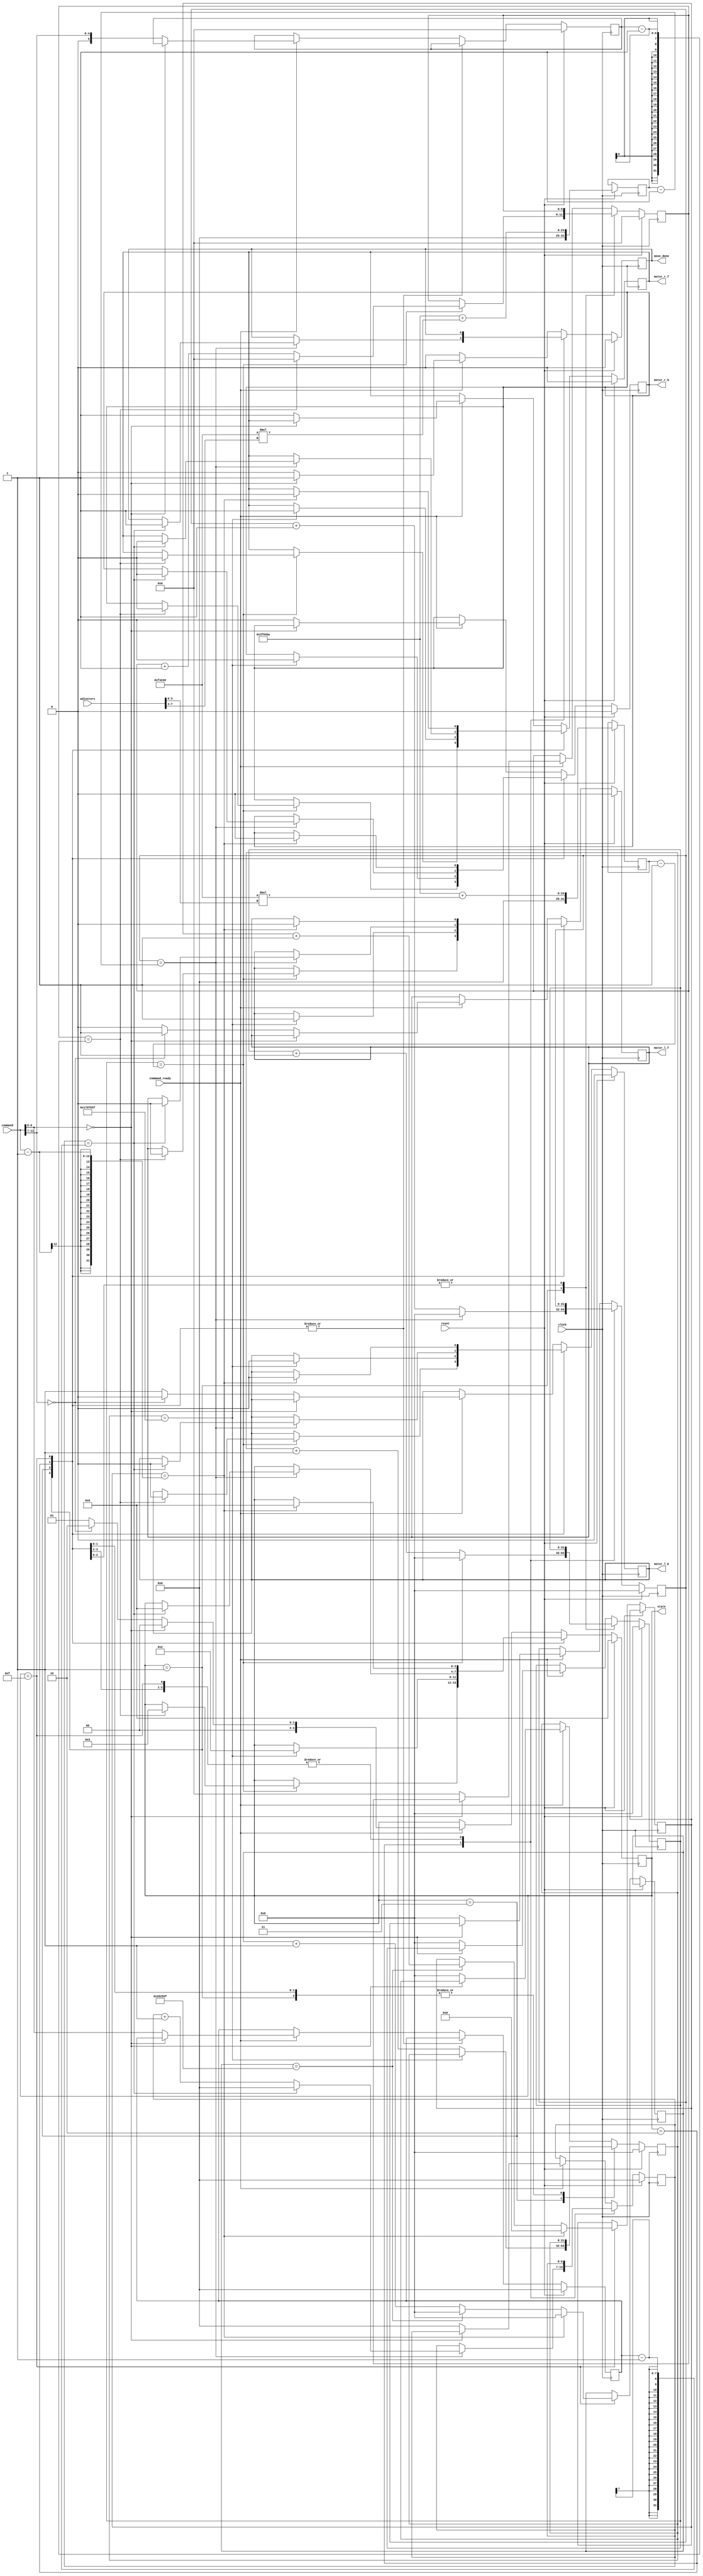
`timescale 1ns / 1ps
//////////////////////////////////////////////////////////////////////////////////
// Company:        MIT 6.111 Final Project
// 
// Module Name:    IR Receiver
// Project Name:   FPGA Phone Home
//
//////////////////////////////////////////////////////////////////////////////////
module motor_signal_stream(
	input clock,
	input reset,
	input command_ready,
	input [11:0] command,
	input [7:0] adjustors, // switches to adjust the move command based on surroundings
	output reg motor_l_f,
    output reg motor_r_f,
	output reg motor_l_b,
	output reg motor_r_b,
	output reg move_done,
	// output analyzer_clock, // for debug only
    // output [15:0] analyzer_data // for debug only
	output reg [3:0] state // exposed for debug
   );
   
   parameter OFF = 1'b0;
   parameter ON = 1'b1;
   
   // fsm state parameters
   parameter IDLE = 4'h0;
   parameter TURNING = 4'h1;
   parameter MOVING = 4'h2;
   parameter PAUSE = 4'h3;
   parameter TESTING_DELAY = 4'hF; // for testing mode only
   
   // parameters for distance and angle move times
   parameter FOUR_INCHES = 4166666;//7692307;
   // it goes about 13 inches per second all loaded up so to go four inches we need
   // 4/13 of a second which at 25mhz is 7,692,307 clock cycles
   parameter FIFTEEN_DEG = 4166666;
   // it goes about 1 rotation in 4 seconds all loaded up so to go fifteen deg we need
   // 1/6 of a second which at 25mhz is 4,166,666 clock cycles
   reg [31:0] angle_sub_goal;
   reg [31:0] distance_sub_goal;
      
   parameter PAUSE_TIME = 25000000; // one second // set to 5 for simulation
   reg [5:0] angle;
   reg [6:0] distance;
   reg [5:0] angle_count;
   reg [31:0] angle_sub_count;
   reg [6:0] distance_count;
   reg [31:0] distance_sub_count;
   reg [31:0] pause_count;
   
   // helpers for test of distance move mode
   parameter COUNT_GOAL = 2500000; // counts at 25mhz for 0.1 seconds // set to 25 for simulation
   reg [31:0] test_sub_counter;
   reg [11:0] test_counter;
   // end testing block
   
   // synchronize on clock
	always @(posedge clock) begin
		// if we see reset update all to default
		if (reset == ON) begin
			state <= IDLE;
			motor_l_f <= OFF;
            motor_r_f <= OFF;
			motor_l_b <= OFF;
			motor_r_b <= OFF;
			angle <= 0;
			angle_count <= 0;
			angle_sub_count <= 0;
			distance <= 0;
			distance_count <= 0;
			distance_sub_count <= 0;
			pause_count <= 0;
			move_done <= 0;
			angle_sub_goal <= FIFTEEN_DEG+(1000000*adjustors[3:0]);
			distance_sub_goal <= FOUR_INCHES+(1000000*adjustors[7:4]);
		end
		// else enter states
		else begin
			case (state)
				
				// turn first to face the desired direction
				TURNING: begin
					// turn until you have finished the angle then go to MOVING
					if (angle_sub_count == angle_sub_goal - 1) begin
                       if (angle_count == angle - 1) begin
                           motor_l_f <= OFF;
                           motor_r_f <= OFF;
                           motor_l_b <= OFF;
                           motor_r_b <= OFF;
                           state <= PAUSE;
                           angle_count <= 0;
                           angle_sub_count <= 0;
                       end
					   else begin
                           angle_count <= angle_count + 1;
                           angle_sub_count <= 0;
                        end
					end
					else begin
					   angle_sub_count <= angle_sub_count + 1;
					end
				end
				
				// then pause to let the motors reset
				PAUSE: begin
				    if (pause_count == PAUSE_TIME - 1) begin
                        motor_l_f <= ON;
                        motor_r_f <= ON;
                        motor_l_b <= OFF;
                        motor_r_b <= OFF;;
                        state <= MOVING;
				    end
				    else begin
				        pause_count = pause_count + 1;
				    end
				end
				
				// then move until you reach the target
				MOVING: begin
					// move until you have finished the distance then go to IDLE
                    if (distance_sub_count == distance_sub_goal - 1) begin
                        if (distance_count == distance - 1) begin
                           motor_l_f <= OFF;
                           motor_r_f <= OFF;
                           motor_l_b <= OFF;
                           motor_r_b <= OFF;
                           state <= IDLE;
                           distance_count <= 0;
                           distance_sub_count <= 0;
                           move_done <= 1;
                        end
                        else begin
                           distance_count <= distance_count + 1;
                           distance_sub_count <= 0;
                        end
                    end
                    else begin
                       distance_sub_count <= distance_sub_count + 1;
                    end
				end
				
				// for test use the code below to simply move for 2500000 clock cycles times
                // the value passed in from move command which is simply 0.1 second increments
				TESTING_DELAY: begin
				    if (test_counter == command - 1) begin
                        motor_l_f <= OFF;
                        motor_r_f <= OFF;
                        motor_l_b <= OFF;
                        motor_r_b <= OFF;
                        test_counter <= 0;
                        test_sub_counter <= 0;
                        state <= IDLE;
				    end
                    else if (test_sub_counter == COUNT_GOAL-1) begin
                        test_counter <= test_counter + 1;
                        test_sub_counter <= 0; 
                    end
                    else begin
                        test_sub_counter <= test_sub_counter + 1;
                    end
				end
				
				// don't move until command is ready
                default: begin
                    move_done <= 0;
                    if (command_ready) begin
                        // check to make sure distance isn't zero
                        if (command[6:0] == 7'h00) begin
                            state <= IDLE;
                            move_done <= 1;
                        end
                        // else do the move
                        else begin
                            angle <= command[11:7];
                            distance <= command[6:0];
                            angle_count <= 0;
                            angle_sub_count <= 0;
                            distance_count <= 0;
                            distance_sub_count <= 0;
                            pause_count <= 0;
                            move_done <= 0;
                            // if angle is zero go straight to move forward
                            if (command[11:7] == 5'h00) begin
                                state <= MOVING;
                                motor_l_f <= ON;
                                motor_r_f <= ON;
                                motor_l_b <= OFF;
                                motor_r_b <= OFF;
                            end
                            // else go to turning
                            else begin
                                state <= TURNING;
                                motor_l_f <= OFF;
                                motor_r_f <= ON;
                                motor_l_b <= ON;
                                motor_r_b <= OFF;
                            end
                        end
                        
                        // testing mode code below
                        //test_counter <= 0;
                        //test_sub_counter <= 1;
                        //motor_l_f <= OFF;
                        //motor_r_f <= ON;
                        //motor_l_b <= OFF;
                        //motor_r_b <= OFF;
                        //state <= TESTING_DELAY;
                        // end testing block
                    end
                end
				
			endcase
		end
	end
endmodule